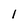
Character: 1